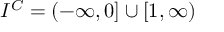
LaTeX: I ^ { C } = ( - \infty , 0 ] \cup [ 1 , \infty )